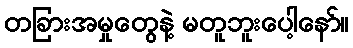
တခြားအမှုတွေနဲ့ မတူဘူးပေါ့နော်။